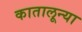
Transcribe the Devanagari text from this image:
कातालून्या